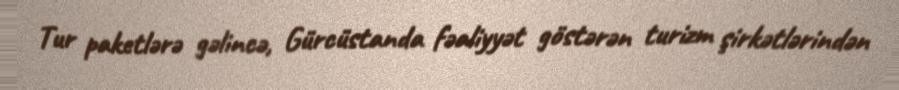
Tur paketlərə gəlincə, Gürcüstanda fəaliyyət göstərən turizm şirkətlərindən